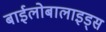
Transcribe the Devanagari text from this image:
बाईलोबालाइड्स